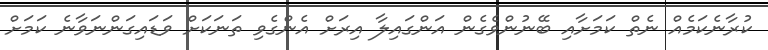
ކުރާނެކަމެއް ނެތް ކަމަށާއި ބޭނުންވެގެން އަންގައިލާ އިރަށް އެންގެވި ތަނަކަށް ވަޑައިގަންނަވާނެ ކަމަށް